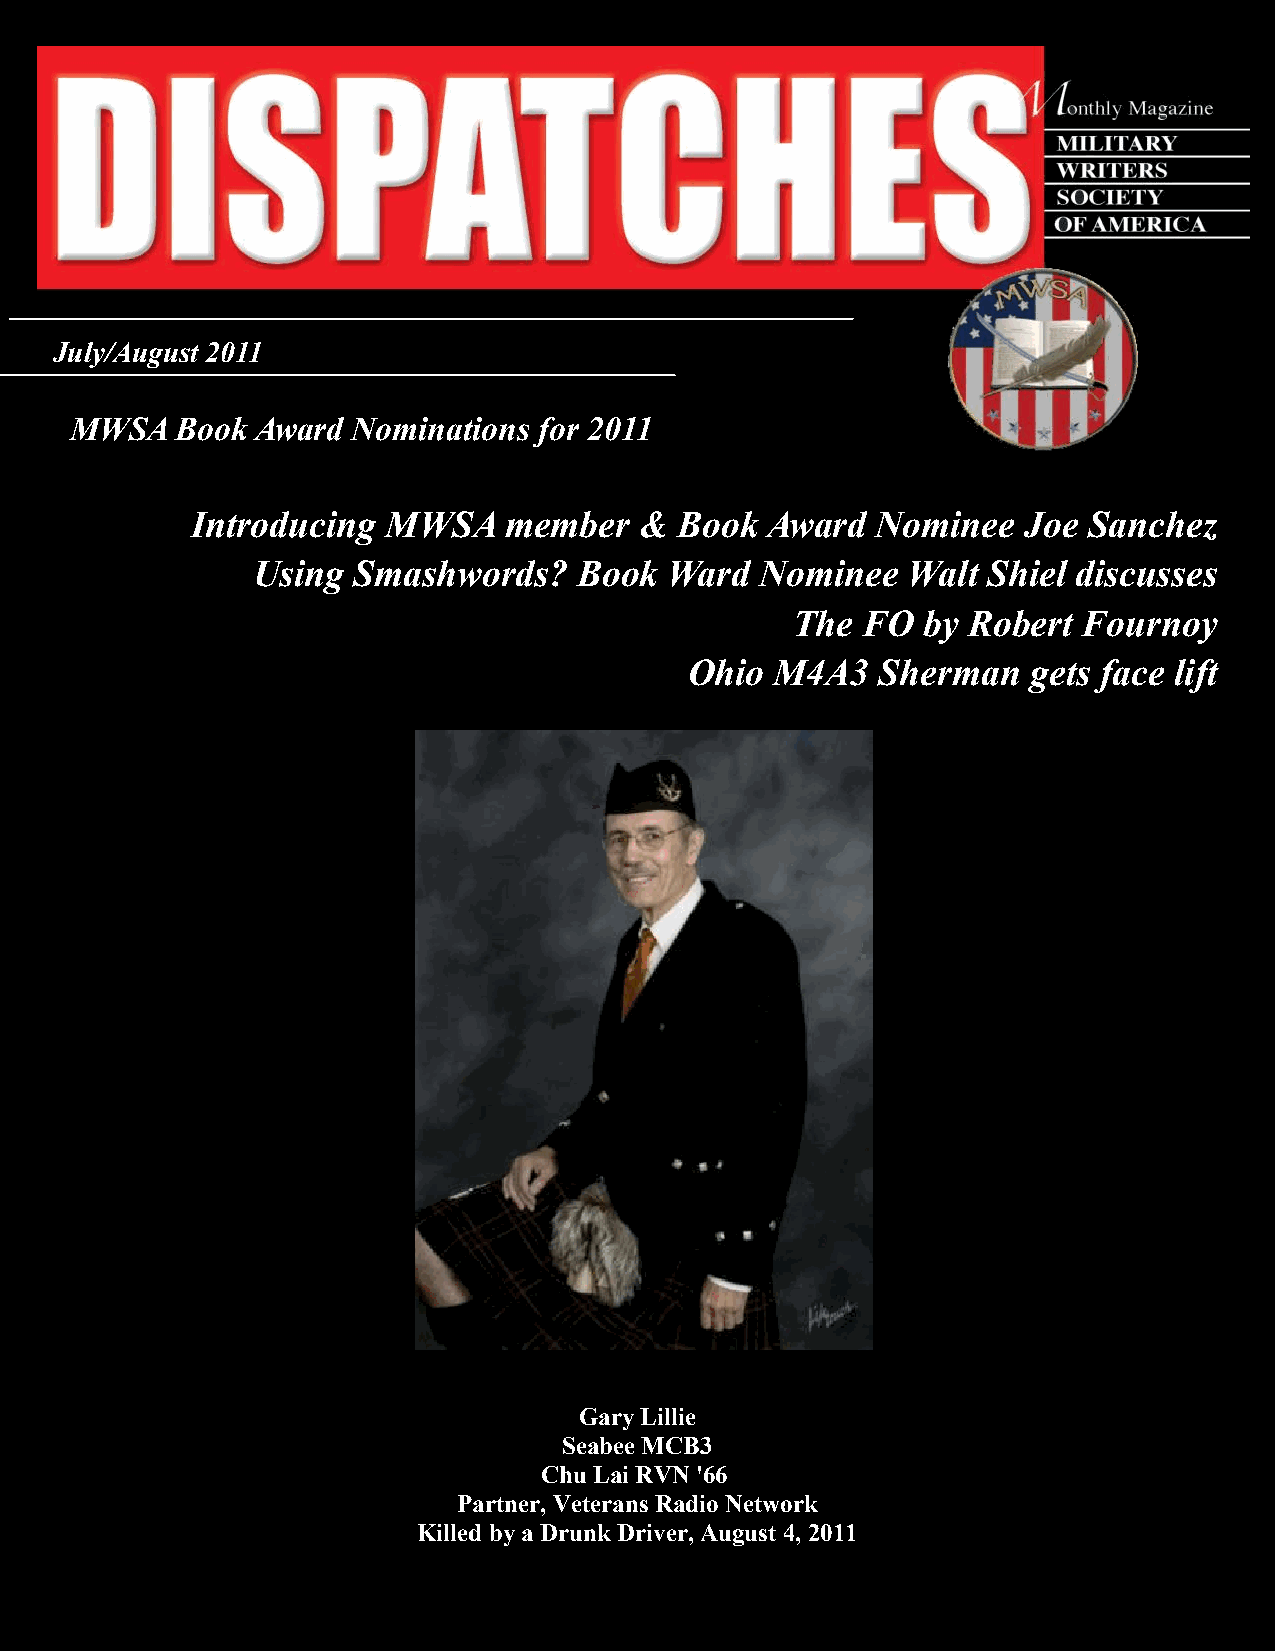
Gary Lillie
 July/August 2011
 MWSA   Book Award Nominations  for 2011
 Introducing  MWSA   member   &  Book  Award  Nominee   Joe Sanchez
 Using Smashwords?    Book  Ward  Nominee   Walt Shiel discusses
 The  FO  by Robert  Fournoy
 Ohio M4A3   Sherman   gets face lift
 Gary Lillie
 Seabee MCB3
 Chu Lai RVN '66
 Partner, Veterans Radio Network
 MWSA DISPATCHES—July/August                   1
 Killed by a Drunk Driver, August 4, 2011